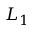
L _ { 1 }